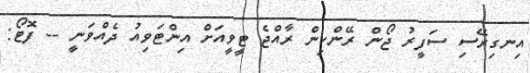
އިނގިރޭސި ސަފީރު ޖޯން ރޭންކިން ރާއްޖެ ޓީވީއަށް އިންޓަވިއު ދެއްވަނީ -- ފޮޓޯ: